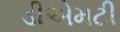
ડીએમટી